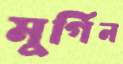
মুর্গিন